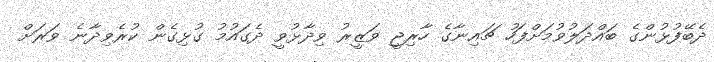
ދެބޭފުޅުންގެ ބައްދަލުވުމަށްފަހު ޗައިނާގެ ހާރިޖީ ވަޒީރު ވިދާޅުވީ ދެގައުމު ގުޅިގެން ކުރެވިދާނެ ވަރަށް